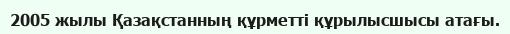
2005 жылы Қазақстанның құрметті құрылысшысы атағы.